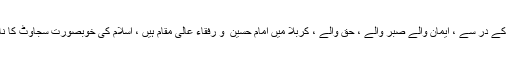
ولایت اگر ملتی ہے تو وہ علی ؑ کے در سے ، فاطمہ ؑ کے در سے ، حسن ؑ و حسین ؑ کے در سے ، ایمان والے صبر والے ، حق والے ، کربلا میں امام حسین ؑ و رفقاء عالی مقام ہیں ، اسلام کی خوبصورت سجاوٹ کا نام معرکہ کربلا ہے ، اسلام کی سیکھ اور اسلام کی یونیورسٹی کربلا سے ملتی ہے۔